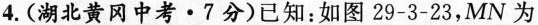
4.(湖北黄冈中考·7分)已知：如图29-3-23，MN为